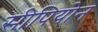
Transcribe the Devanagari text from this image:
सीपियोन